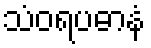
သံဝရပဓာနံ